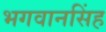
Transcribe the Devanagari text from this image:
भगवानसिंह